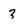
Character: 3